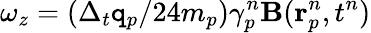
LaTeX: \omega_{z}=(\Delta_{t}\mathtt{q}_{p}/24m_{p})\gamma_{p}^{n}\mathbf{{B}}(\mathbf{{r}}_{p}^{n},t^{n})